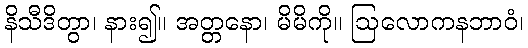
နိသီဒိတွာ၊ နား၍။ အတ္တနော၊ မိမိကို။ ဩလောကနဘာဝံ၊